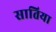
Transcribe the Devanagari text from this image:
सातिया